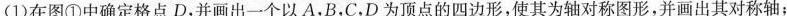
(1)在图①中确定格点D，并画出一个以A，B，C，D为顶点的四边形，使其为轴对称图形，并画出其对称轴；